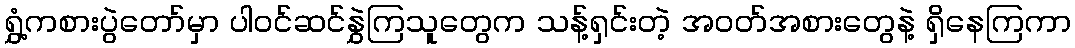
ရွှံ့ကစားပွဲတော်မှာ ပါဝင်ဆင်နွှဲကြသူတွေက သန့်ရှင်းတဲ့ အဝတ်အစားတွေနဲ့ ရှိနေကြကာ